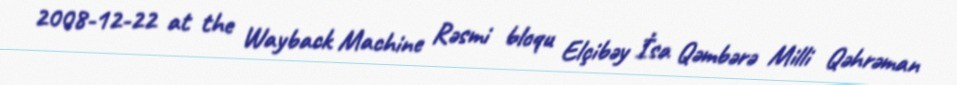
2008-12-22 at the Wayback Machine Rəsmi bloqu Elçibəy İsa Qəmbərə Milli Qəhrəman